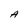
Character: A